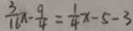
\frac { 3 } { 1 6 } \pi - \frac { 9 } { 4 } = \frac { 1 } { 4 } x - 5 - 3